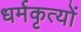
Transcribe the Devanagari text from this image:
धर्मकृत्यों